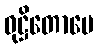
ဝုဋ္ဌိတောပေ